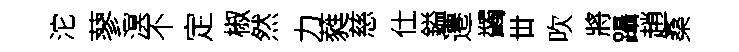
沱蓼溟不定椒然力蕤慈仕鎰遷蠲丗吹將躡趙桑